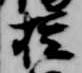
権